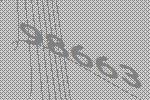
98663